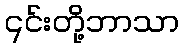
၎င်းတို့ဘာသာ